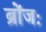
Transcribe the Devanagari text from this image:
ब्रोंजः